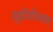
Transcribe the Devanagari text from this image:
रघुवीरविजयम्